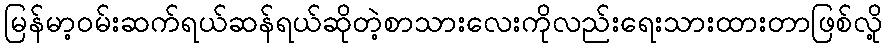
မြန်မာ့ဝမ်းဆက်ရယ်ဆန်ရယ်ဆိုတဲ့စာသားလေးကိုလည်းရေးသားထားတာဖြစ်လို့